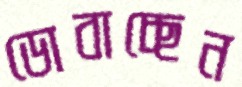
ডোবাচ্ছেন